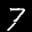
Label: 7